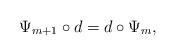
LaTeX: \begin{align*} \Psi_{m+1}\circ d = d\circ \Psi_m, \end{align*}